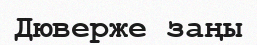
Дюверже заңы